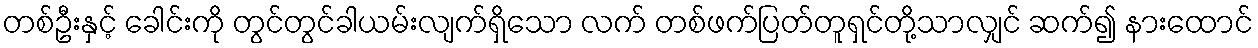
တစ်ဦးနှင့် ခေါင်းကို တွင်တွင်ခါယမ်းလျက်ရှိသော လက် တစ်ဖက်ပြတ်တူရှင်တို့သာလျှင် ဆက်၍ နားထောင်